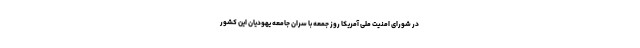
در شورای امنیت ملی آمریکا روز جمعه با سران جامعه یهودیان این کشور